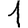
Digit: 1